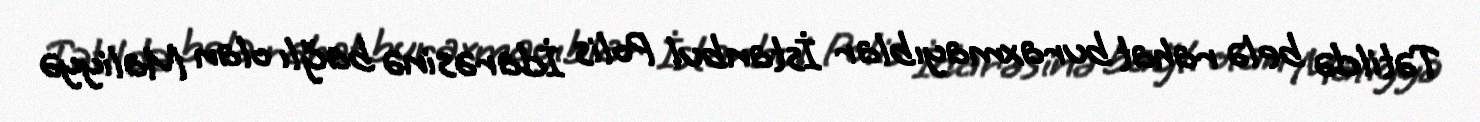
Tətildə belə rahat buraxmayıblar İstanbul Polis İdarəsinə bağlı olan Maliyyə